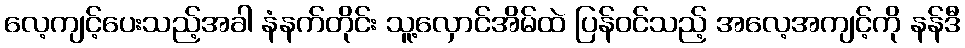
လေ့ကျင့်ပေးသည့်အခါ နံနက်တိုင်း သူ့လှောင်အိမ်ထဲ ပြန်ဝင်သည့် အလေ့အကျင့်ကို နန်ဒီ